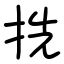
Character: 㧥